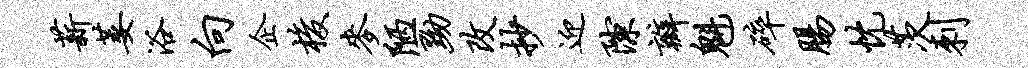
薪萎浴向企梭麦陋黝改抄迎隙瓣魁碎肠忱茨刺